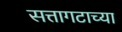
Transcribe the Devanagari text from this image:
सत्तागटाच्या